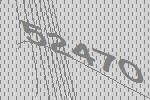
52470